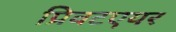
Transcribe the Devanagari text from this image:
प्रिवटएयर